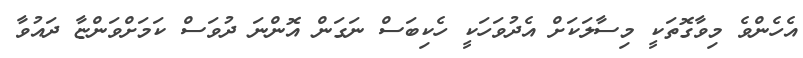
އެހެންވެ މިވާގޮތަކީ މިސާލަކަށް އެދުވަހަކީ ހެކިބަސް ނަގަން އޮންނަ ދުވަސް ކަމަށްވަންޏާ ދައުވާ